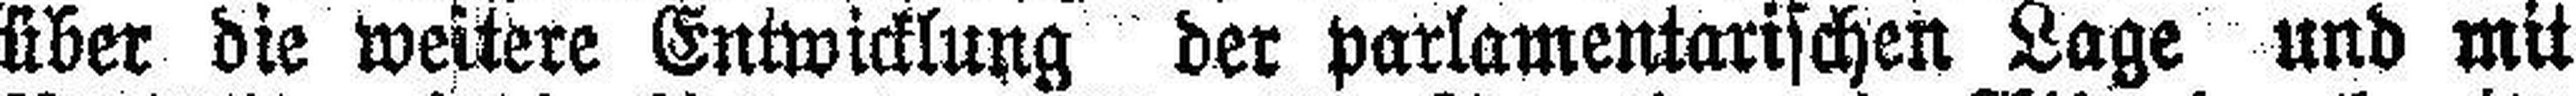
über die weitere Entwicklung der parlamentarischen Lage und mit